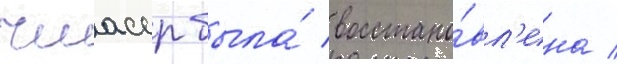
чиасср была́ восстано́вл'ена /